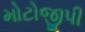
મોટોજીપી